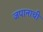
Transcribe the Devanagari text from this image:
जपानाची